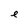
Character: e